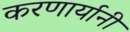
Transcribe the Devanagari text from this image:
करणार्यानी